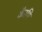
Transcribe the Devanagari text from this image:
कैरपि